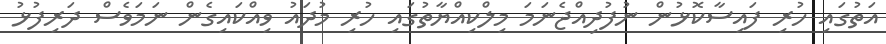
އަތުގައި ހުރި ފައިސާކޮޅުން ނުފުދިއްޖެނަމަ މިލްކިއްޔާތުގައި ހުރި މުދައު ވިއްކައިގެން ނަމަވެސް ދަރިފުޅު